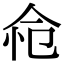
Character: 𢘔